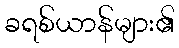
ခရစ်ယာန်များ၏